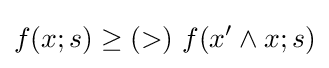
f(x;s)\geq (>)\ f(x'\wedge x;s)